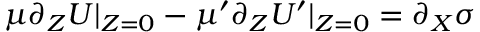
\mu \partial _ { Z } U \vert _ { Z = 0 } - \mu ^ { \prime } \partial _ { Z } U ^ { \prime } \vert _ { Z = 0 } = \partial _ { X } \sigma